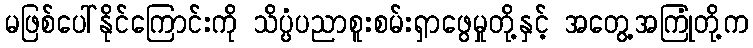
မဖြစ်ပေါ်နိုင်ကြောင်းကို သိပ္ပံပညာစူးစမ်းရှာဖွေမှုတို့နှင့် အတွေ့အကြုံတို့က